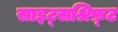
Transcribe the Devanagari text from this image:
साइट्सश्रिफ़्ट